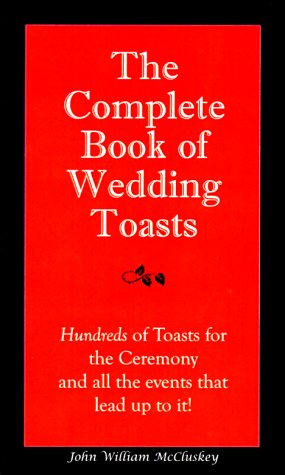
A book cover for The Complete Book of Wedding Toasts; John William McCluskey; Crafts, Hobbies & Home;